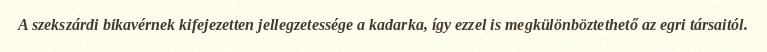
A szekszárdi bikavérnek kifejezetten jellegzetessége a kadarka, így ezzel is megkülönböztethető az egri társaitól.